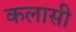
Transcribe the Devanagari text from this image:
कलासी